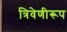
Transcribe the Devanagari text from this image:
त्रिवेणीरूप